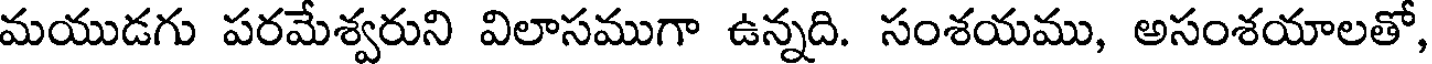
మయుడగు పరమేశ్వరుని విలాసముగా ఉన్నది. సంశయము, అసంశయాలతో,